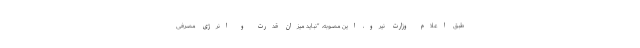
طبق اعلام وزارت نیرو، این مصوبه، "نباید میزان قدرت و انرژی مصرفی